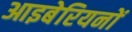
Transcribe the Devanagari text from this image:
आइबेरियनों